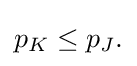
{\textstyle p_{K}\leq p_{J}.}